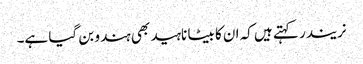
نریندر کہتے ہیں کہ ان کا بیٹا ناہید بھی ہندو بن گیا ہے۔